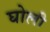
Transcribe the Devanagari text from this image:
घोली